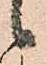
候